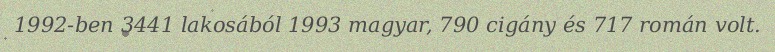
1992-ben 3441 lakosából 1993 magyar, 790 cigány és 717 román volt.